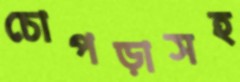
চোপড়াসহ